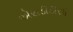
એસડીડીસી